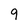
Character: 9